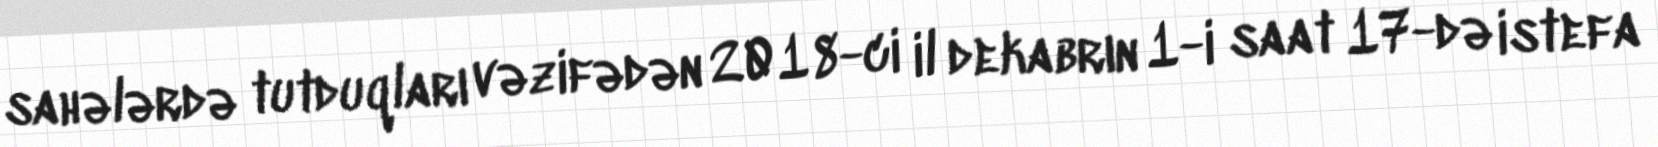
sahələrdə tutduqları vəzifədən 2018-ci il dekabrın 1-i saat 17-də istefa